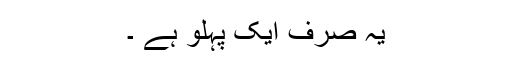
یہ صرف ایک پہلو ہے ۔